Mental hospitals Bombay report 1921-28 - 1921-1928
Year: 1921
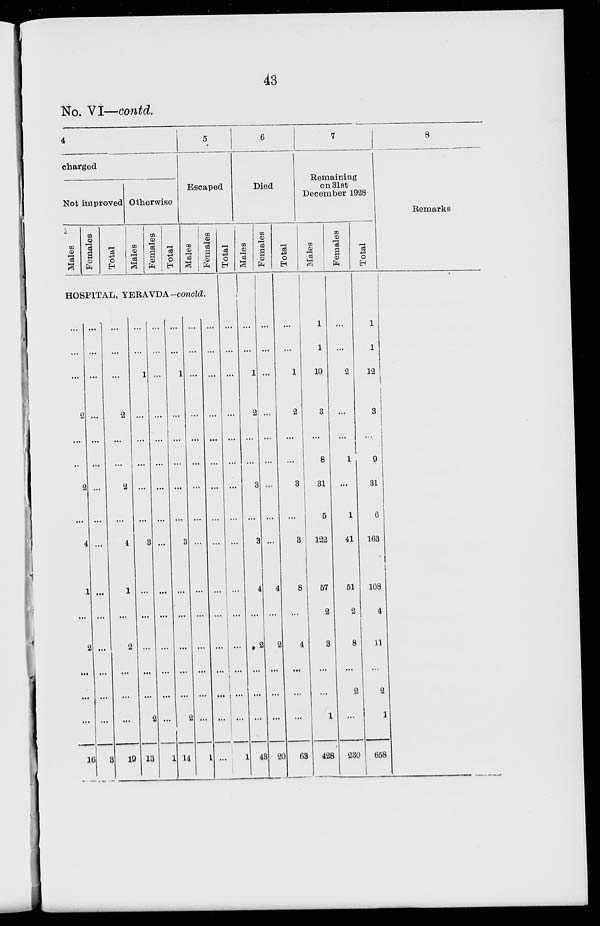
43
No. VI—contd.
4
charged
Not improved
Males
Females
Total
Otherwise
Males
Females
Total
5
Escaped
Males
Females
HOSPITAL, YERAVDA —concld.
...
...
...
2
...
...
2
...
4
1
...
2
...
...
...
16
...
...
...
...
...
...
...
...
...
...
...
...
...
...
...
3
...
...
...
2
...
2
...
4
1
...
2
...
...
...
19
...
...
1
...
...
...
...
...
3
...
...
...
...
...
2
13
...
...
...
...
...
...
...
...
...
...
...
...
...
...
...
1
...
...
1
...
...
...
...
...
3
...
...
...
...
...
2
14
...
...
...
...
...
...
...
...
...
...
...
...
...
...
...
1
...
...
...
...
...
...
...
...
...
...
...
...
...
...
...
...
Total
...
...
...
...
...
...
...
...
...
...
...
...
...
...
...
1
6
Died
Males
...
...
1
2
...
...
3
...
3
4
...
2
...
...
...
43
Females
...
...
...
...
...
...
...
...
...
4
...
2
...
...
...
20
Total
...
...
1
2
...
...
3
...
3
8
...
4
...
...
...
63
7
Remaining
on 31st
December 1928
Males
1
1
10
3
...
8
31
5
122
57
2
3
...
...
1
428
Females
...
...
2
...
...
1
...
1
41
51
2
8
...
2
...
230
Total
1
1
12
3
...
9
31
6
163
108
4
11
...
2
1
658
8
Remarks